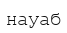
науаб